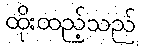
ထိုးထည့်သည်